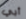
أبي